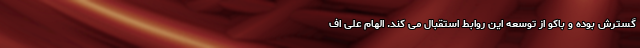
گسترش بوده و باکو از توسعه این روابط استقبال می کند. الهام علی اف